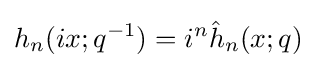
h_{n}(ix;q^{-1})=i^{n}{\hat {h}}_{n}(x;q)